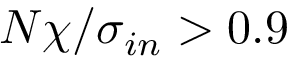
N \chi / \sigma _ { i n } > 0 . 9